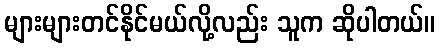
များများတင်နိုင်မယ်လို့လည်း သူက ဆိုပါတယ်။